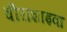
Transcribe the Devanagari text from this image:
वीराशाइवा